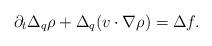
LaTeX: \begin{align*}\partial_t\Delta_q\rho+\Delta_q(v\cdot\nabla\rho)=\Delta f.\end{align*}